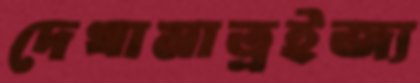
দেখামাত্রইজ্য